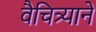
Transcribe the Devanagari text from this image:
वैचित्र्याने